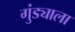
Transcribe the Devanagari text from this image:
गुंड्याला